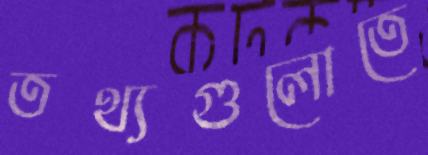
তথ্যগুলোতে